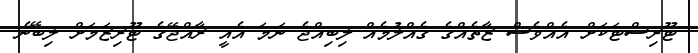
ޓޫރިސްޓަކަށް އެއްވެސް ޒާތެއްގެ ގެއްލުމެއް ލިބިއްޖެ ނަމަ އެއީ ރާއްޖޭގެ ޓޫރިޒަމަށް ލިބޭނެ